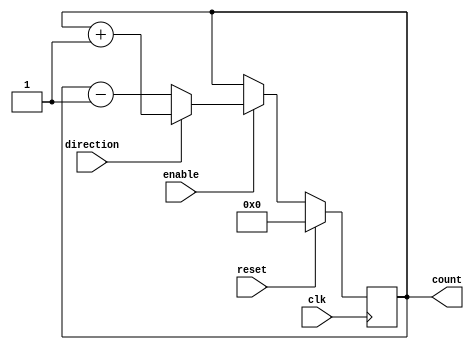
module GrayCounter (
  input wire clk,
  input wire reset,
  input wire enable,
  input wire direction,
  output reg [3:0] count
);

reg [3:0] next_count;

always @(posedge clk) begin
    if(reset) begin
        count <= 4'b0000;
    end else begin
        if(enable) begin
            if(direction) begin
                next_count = count + 1;
            end else begin
                next_count = count - 1;
            end
            count <= next_count;
        end
    end
end

endmodule